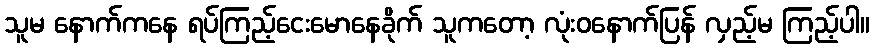
သူမ နောက်ကနေ ရပ်ကြည့်ငေးမောနေခိုက် သူကတော့ လုံးဝနောက်ပြန် လှည့်မ ကြည့်ပါ။